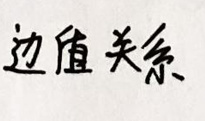
边值关系